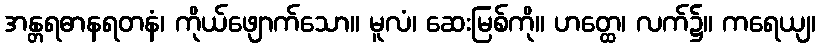
အန္တရဓာနရတနံ၊ ကိုယ်ဖျောက်သော။ မူလံ၊ ဆေးမြစ်ကို။ ဟတ္ထေ၊ လက်၌။ ကရေယျ၊